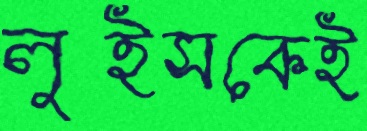
লুইসকেই